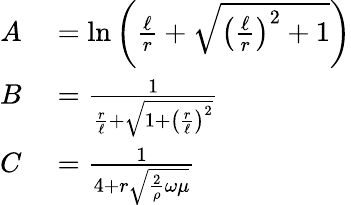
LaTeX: \begin{array}{rl}{A}&{{}=\ln\left({\frac{\ell}{r}}+{\sqrt{\left({\frac{\ell}{r}}\right)^{2}+1}}\right)}\\ {B}&{{}={\frac{1}{{\frac{r}{\ell}}+{\sqrt{1+\left({\frac{r}{\ell}}\right)^{2}}}}}}\\ {C}&{{}={\frac{1}{4+r{\sqrt{{\frac{2}{\rho}}\omega\mu}}}}}\end{array}